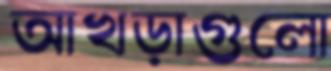
আখড়াগুলো